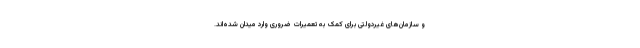
و سازمان‌های غیردولتی برای کمک به تعمیرات ضروری وارد میدان شده‌اند.